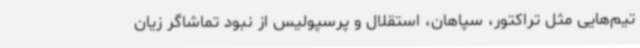
تیم‌هایی مثل تراکتور، سپاهان، استقلال و پرسپولیس از نبود تماشاگر زیان